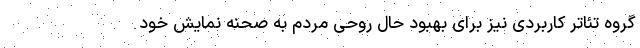
گروه تئاتر کاربردی نیز برای بهبود حال روحی مردم به صحنه نمایش خود